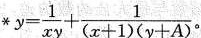
* $$ y= \frac{1}{xy} + \frac{1}{(x + 1)(y + A)} $$。